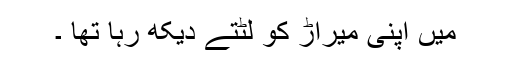
میں اپنی میراڑ کو لٹتے دیکھ رہا تھا ۔